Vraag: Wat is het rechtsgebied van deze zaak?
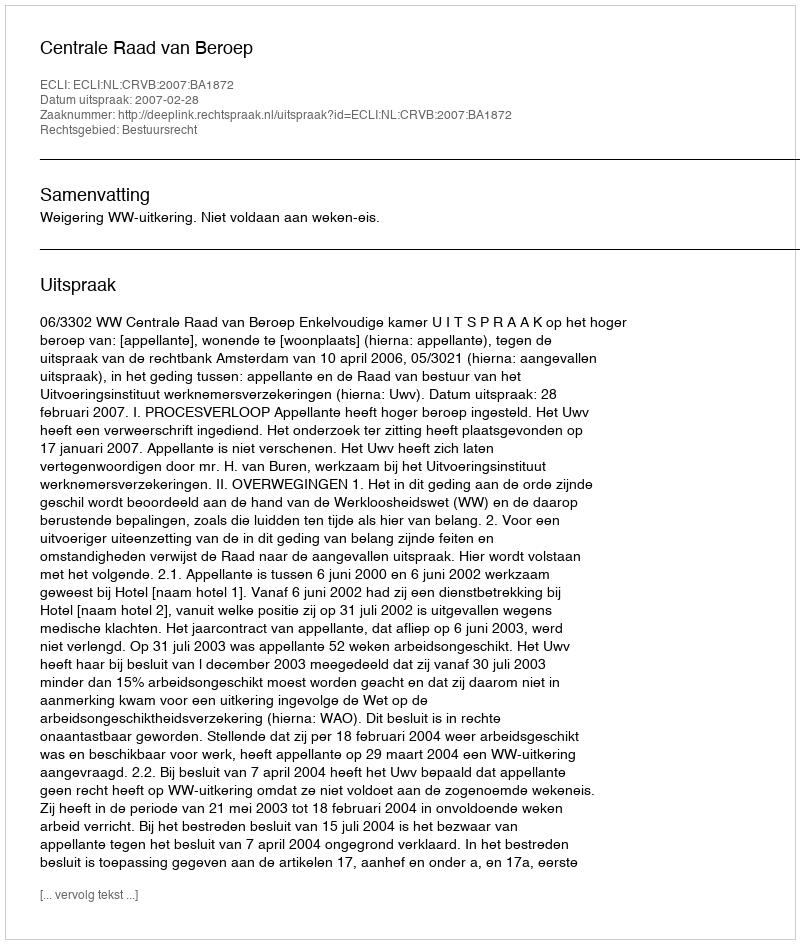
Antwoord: Bestuursrecht